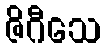
ဇိဂီသေ